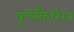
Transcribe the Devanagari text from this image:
पुलिकैशिन